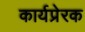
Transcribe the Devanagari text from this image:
कार्यप्रेरक